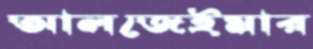
আলজেইমার